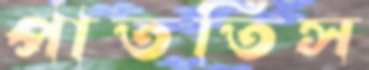
পাততিস